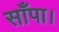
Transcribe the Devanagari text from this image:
साँपा।